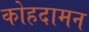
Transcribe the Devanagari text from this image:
कोहदामन